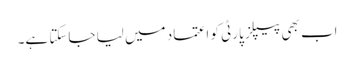
اب بھی پیپلز پارٹی کو اعتماد میں لیا جاسکتا ہے۔